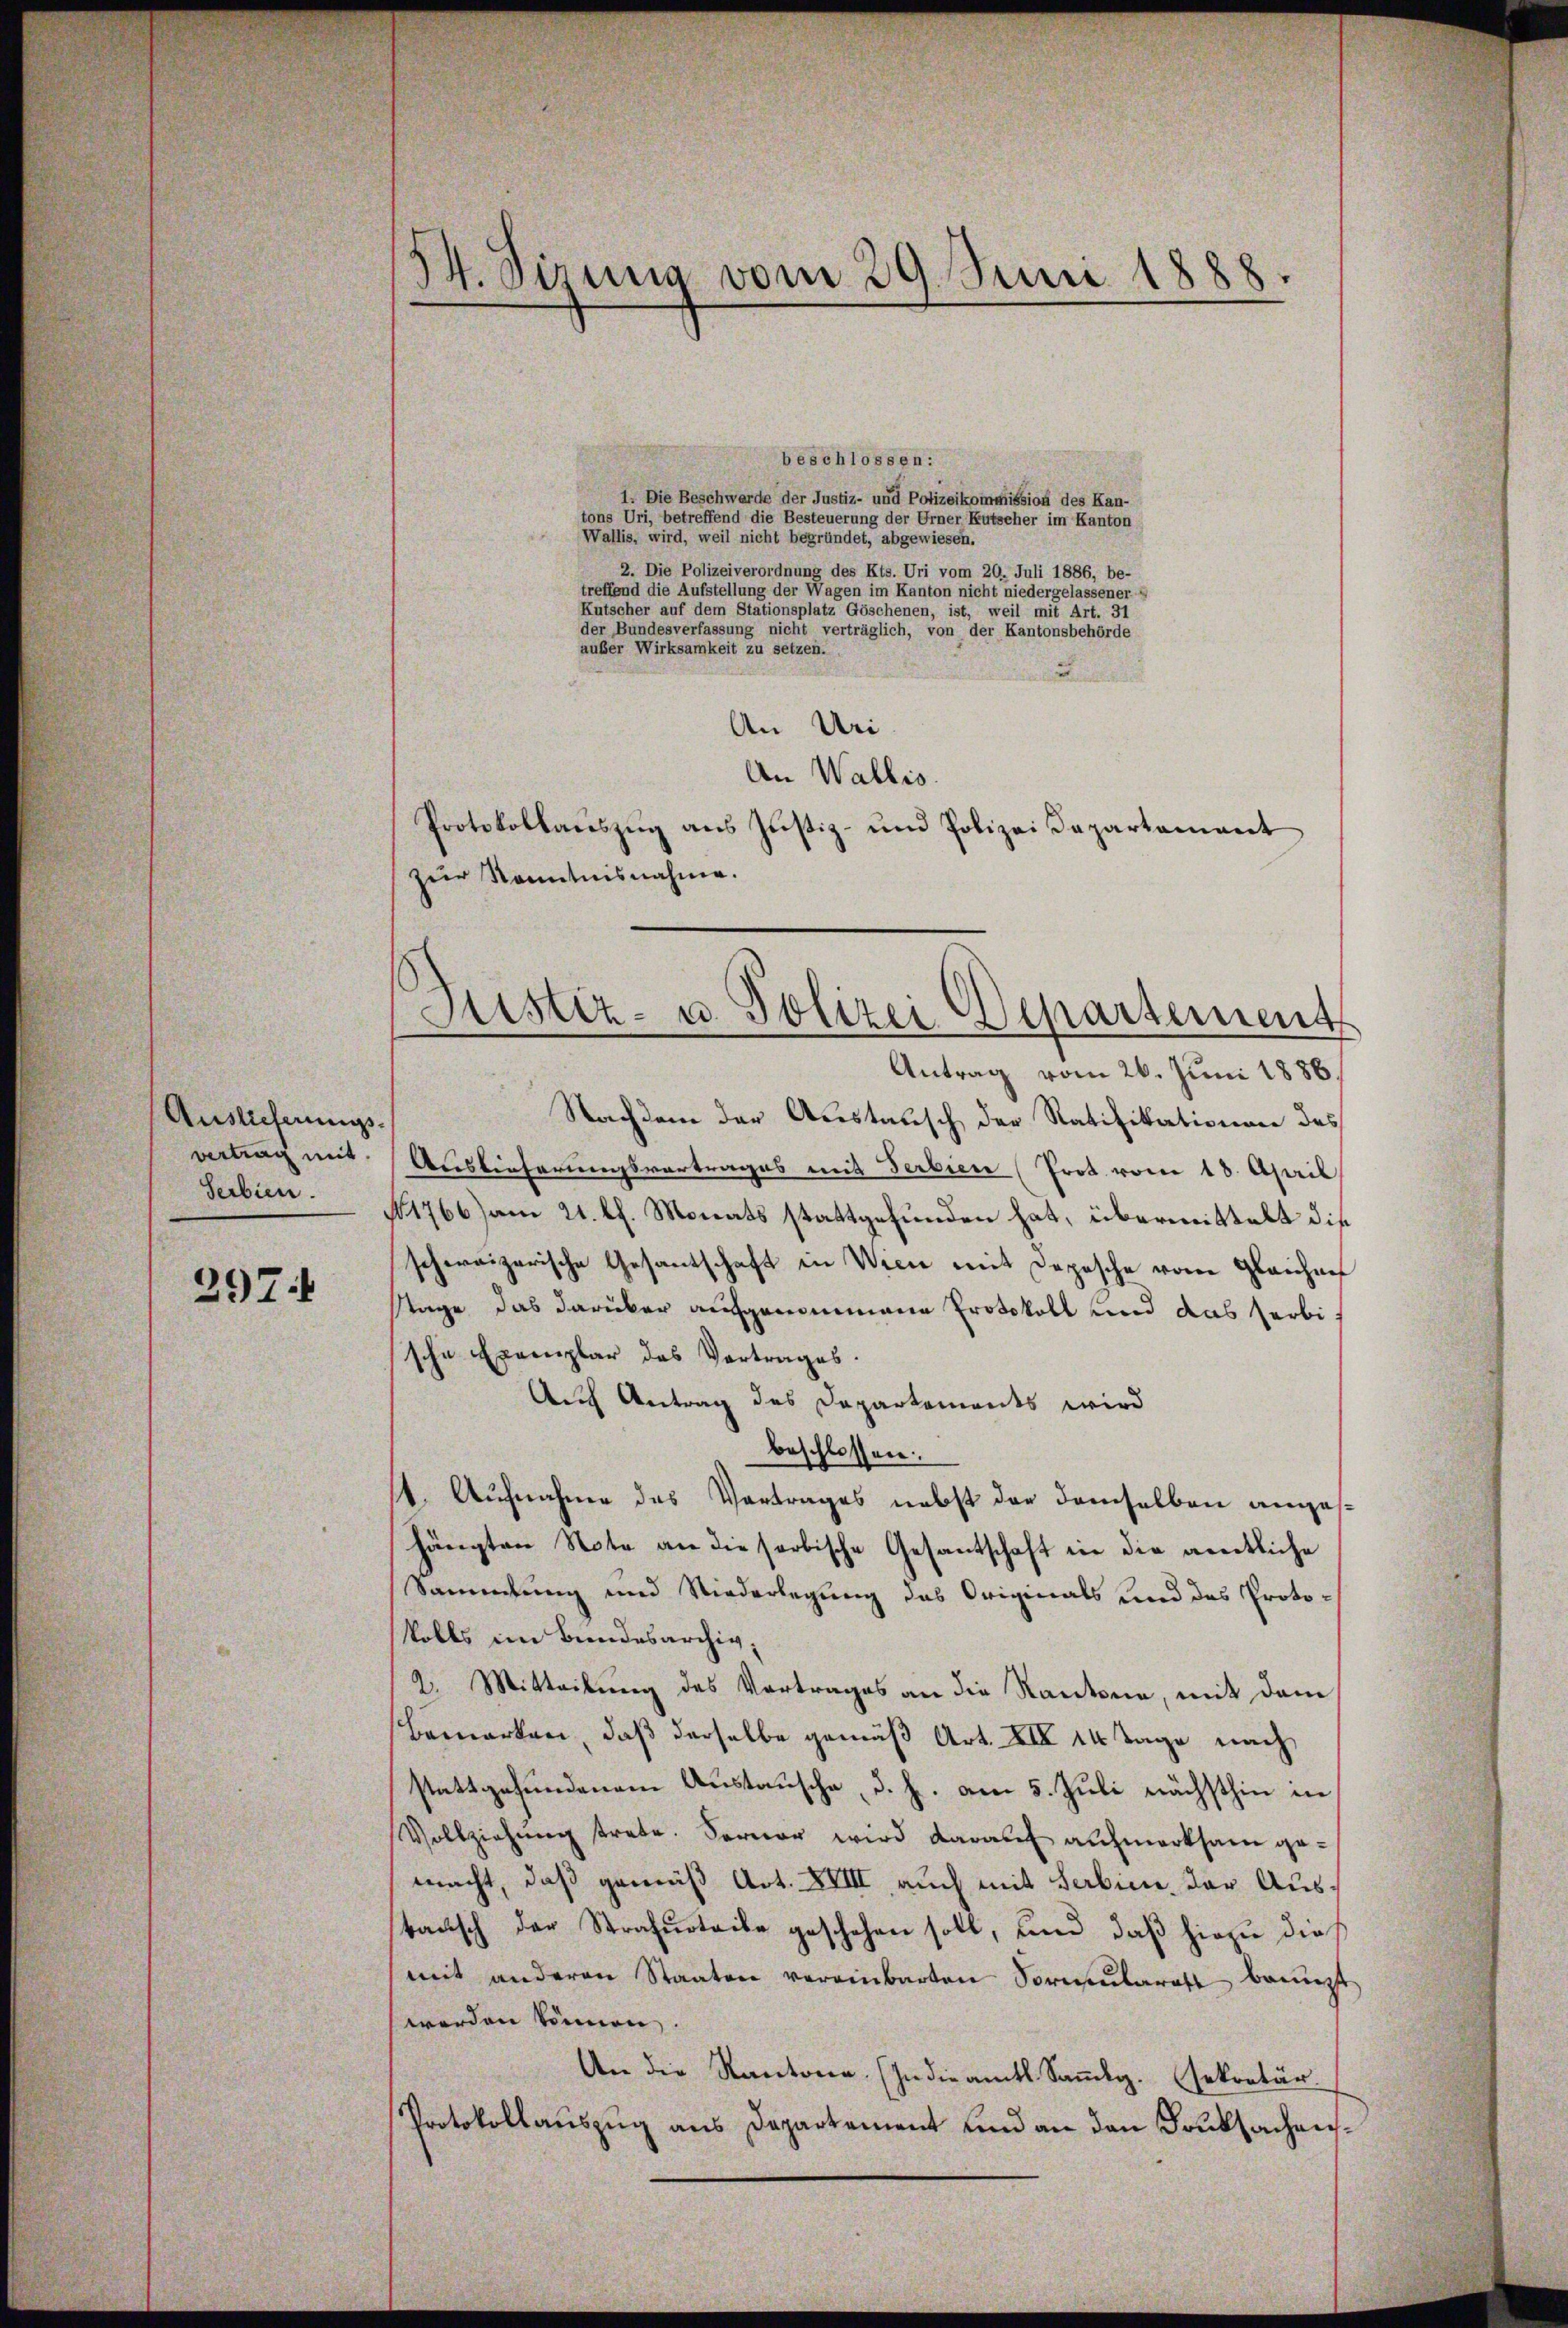
Auslieferungsvertrag mit

297

44. Sizung vom 29. Juni 1888.

beschlossen:
1. Die Beschwerde der Justiz- und Polizeikommission des Kan-
tons Uri, betreffend die Besteuerung der Urner Kutscher im Kanton
Wallis, wird, weil nicht begründet, abgewiesen.
2. Die Polizeiverordnung des Kts. Uri vom 20. Juli 1886, be-
treffend die Aufstellung der Wagen im Kanton nicht niedergelassener
Kutscher auf dem Stationsplatz Göschenen, ist, weil mit Art. 31
der Bundesverfassung nicht verträglich, von der Kantonsbehörde
außer Wirksamkeit zu setzen.
2
An Uri
An Wallis.
Protokollaŭszŭg ans Justiz- und Polizei Dapartament
zŭr Kenntnisnahme.

Justiz- u. Polizei Departement

Antrag vom 26. Juni 1886.
Nachdem der Austausch der Ratifikationen des
Auslieferungsvortrages mit Ferbien (Prot. vom 18. April
Serbien. 1766) am 21. Ch. Monats stattgefunden hat, übermittelt die
schweizerische Gesantschaft in Vice mit Depesche vom Gleichnet
stage das darüber aufgenommene Protokoll und das herbi
sche Exemplar des Vertrages.
Auch Antrag des Departements wird
beschlossen:
4. Aufnahme des Vortrages nebst der demselben angeshängten Note an die serbische Gesantschaft in die amentliche
Sammlung und Niederlegung das Originals und das Proto-
olls im Bundesarchiv,
2. Mitteilung des Vortrages an die Randten, mit dem
Bemerken, daß derselbe gemäß Art. XIX 14 Tage nach
stattgefundenem Austausche, d. h. am 5. Juli nächsthin in
Vollziehŭng trete. Ferner wird darauf aufmerksam gemacht, daß gemäß Art. XVIII, auch mit Serbien, der Austausch der Strafurteile geschehen soll, und daß hiezu dies
mit anderen Staaten vereinbarten Sormularatt bangt,
worden können.
An die Kantone. In die amtl. Sammlg. (sekretär.
Protokollauszug aus Departement und an den Truksachen¬